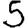
Digit: 5